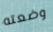
وضعته